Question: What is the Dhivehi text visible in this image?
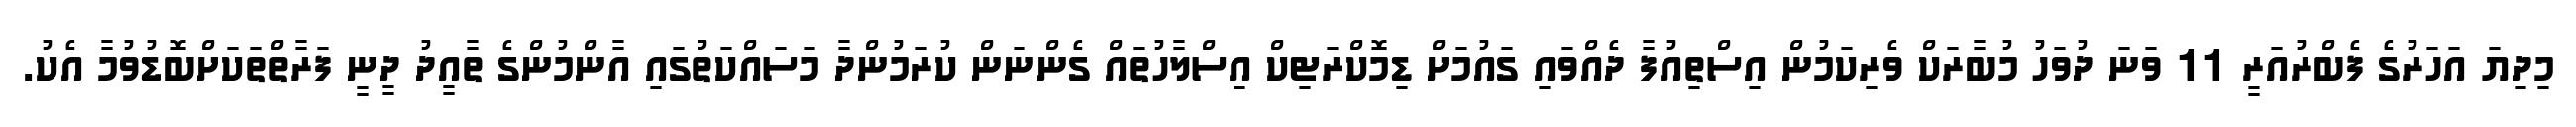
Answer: މިދިޔަ އަހަރުގެ ފެބްރުއަރީ 11 ވަނަ ދުވަހު މުބާރަކް ވެރިކަމުން އިސްތިއުފާ ދެއްވައި ގައުމަށް ޑިމޮކްރަޓިކް އިސްލާހުތައް ގެންނަން ކުރަމުންދާ މަސައްކަތުގައި އާންމުންގެ ތާއީދު ދީނީ ފަރާތްތަކަށްބޮޑުވުމާ އެކު.